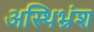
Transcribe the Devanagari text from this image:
अस्थिभ्रंश